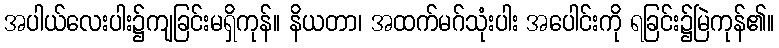
အပါယ်လေးပါး၌ကျခြင်းမရှိကုန်။ နိယတာ၊ အထက်မဂ်သုံးပါး အပေါင်းကို ရခြင်း၌မြဲကုန်၏။